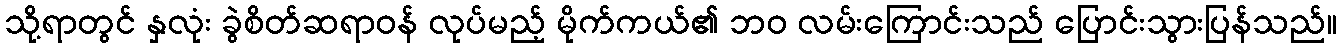
သို့ရာတွင် နှလုံး ခွဲစိတ်ဆရာဝန် လုပ်မည့် မိုက်ကယ်၏ ဘဝ လမ်းကြောင်းသည် ပြောင်းသွားပြန်သည်။